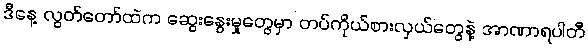
ဒီနေ့ လွတ်တော်ထဲက ဆွေးနွေးမှုတွေမှာ တပ်ကိုယ်စားလှယ်တွေနဲ့ အာဏာရပါတီ